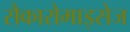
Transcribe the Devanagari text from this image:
सैकारोमाइसेज